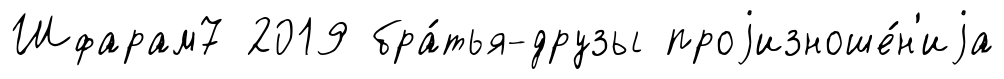
Шфарам7 2019 бра́тья-друзы проjизноше́н'иjа